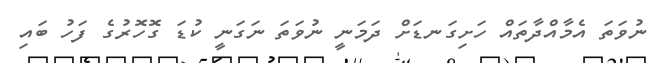
ނުވަތަ އެމާއްދާތައް ހަށިގަނޑަށް ދަމަނީ ނުވަތަ ނަގަނީ ކުޑަ ގޮހޮރުގެ ފަހު ބައި